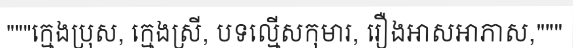
"""ក្មេងប្រុស, ក្មេងស្រី, បទល្មើសកុមារ, រឿងអាសអាភាស,"""